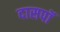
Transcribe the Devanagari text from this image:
दासपॉ